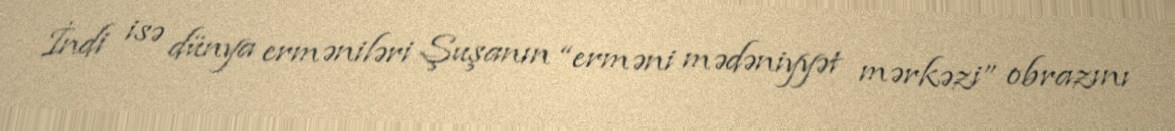
İndi isə dünya erməniləri Şuşanın “erməni mədəniyyət mərkəzi” obrazını